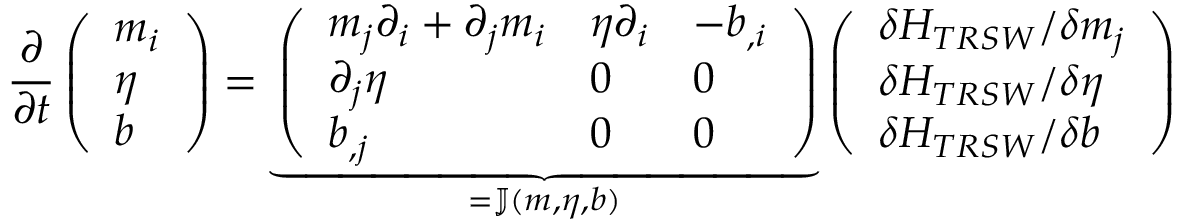
\frac { \partial } { \partial t } \left( \begin{array} { l } { m _ { i } } \\ { \eta } \\ { b } \end{array} \right) = \underbrace { \left( \begin{array} { l l l } { m _ { j } \partial _ { i } + \partial _ { j } m _ { i } } & { \eta \partial _ { i } } & { - b _ { , i } } \\ { \partial _ { j } \eta } & { 0 } & { 0 } \\ { b _ { , j } } & { 0 } & { 0 } \end{array} \right) } _ { = \mathbb { J } ( \boldsymbol { m } , \eta , b ) } \left( \begin{array} { l } { \delta H _ { T R S W } / \delta m _ { j } } \\ { \delta H _ { T R S W } / \delta \eta } \\ { \delta H _ { T R S W } / \delta b } \end{array} \right)